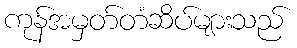
ကုန်အမှတ်တံဆိပ်များသည်